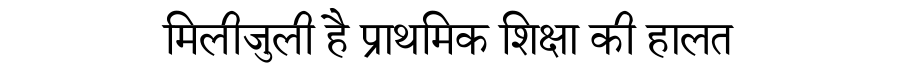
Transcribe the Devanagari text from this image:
मिलीजुली है प्राथमिक शिक्षा की हालत